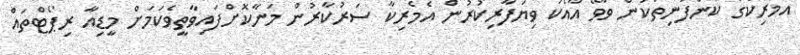
އެމެރިކާގެ ކުންފުނިތަކުން ވާވޭ އާއެކު ވިޔަފާރިކުރުން އެމެރިކާ ސަރުކާރުން މަނާކޮށްފައިވާތީވެކަމަށް މީޑިއާ ރިޕޯޓްތައް